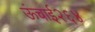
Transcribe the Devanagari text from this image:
ऊंचाई२६४